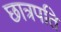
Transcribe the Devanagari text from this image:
छात्रपति